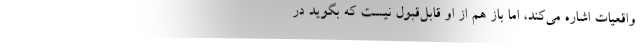
واقعیات اشاره می‌کند، اما باز هم از او قابل‌قبول نیست که بگوید در